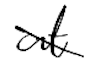
Text: at
Cross-out: diagonal
Writing tool: digital_black